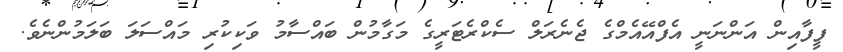
ފީފާއިން އަންނަނީ އެފްއޭއެމްގެ ޖެނެރަލް ސެކްރެޓަރީގެ މަގާމުން ބައްސާމު ވަކިކުރި މައްސަލަ ބަލަމުންނެވެ.